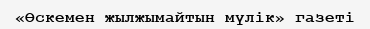
«Өскемен жылжымайтын мүлік» газеті